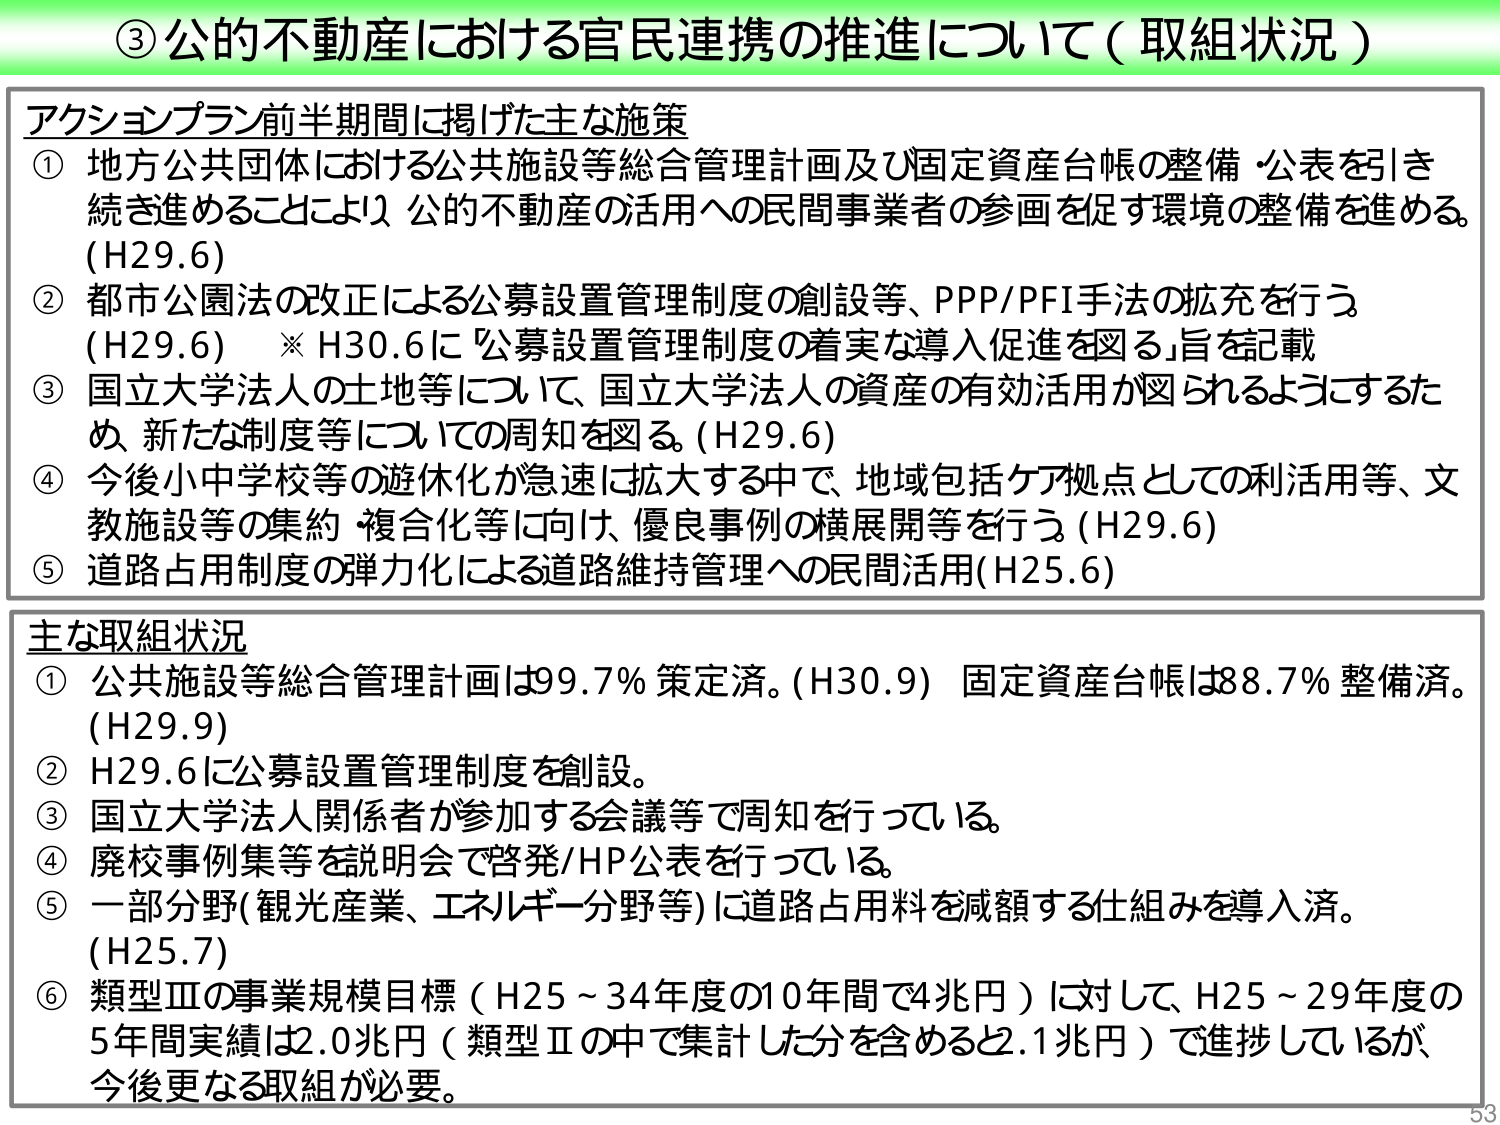
③公的不動産における官民連携の推進について（取組状況）

アクションプラン前半期間に掲げた主な施策
① 地方公共団体における公共施設等総合管理計画及び固定資産台帳の整備・公表を引き続き進めることにより、公的不動産の活用への民間事業者の参画を促す環境の整備を進める。（H29.6）
② 都市公園法の改正による公募設置管理制度の創設等、PPP/PFI手法の拡充を行う（H29.6）　※H30.6に「公募設置管理制度の着実な導入促進を図る」旨を記載
③ 国立大学法人の土地等について、国立大学法人の資産の有効活用が図られるようにするため、新たな制度等についての周知を図る。（H29.6）
④ 今後小中学校等の遊休化が急速に拡大する中で、地域包括ケア拠点としての利活用等、文教施設等の集約・複合化等に向け、優良事例の横展開等を行う（H29.6）
⑤ 道路占用制度の弾力化による道路維持管理への民間活用（H25.6）

主な取組状況
① 公共施設等総合管理計画は99.7％策定済。（H30.9）固定資産台帳は88.7％整備済。（H29.9）
② H29.6に公募設置管理制度を創設。
③ 国立大学法人関係者が参加する会議等で周知を行っている。
④ 廃校事例集等を説明会で啓発/HP公表を行っている。
⑤ 一部分野（観光産業、エネルギー分野等）に道路占用料を減額する仕組みを導入済。（H25.7）
⑥ 類型Ⅲの事業規模目標（H25～34年度の10年間で4兆円）に対して、H25～29年度の5年間実績は2.0兆円（類型Ⅱの中で集計した分を含めると2.1兆円）で進捗しているが、今後更なる取組が必要。

53